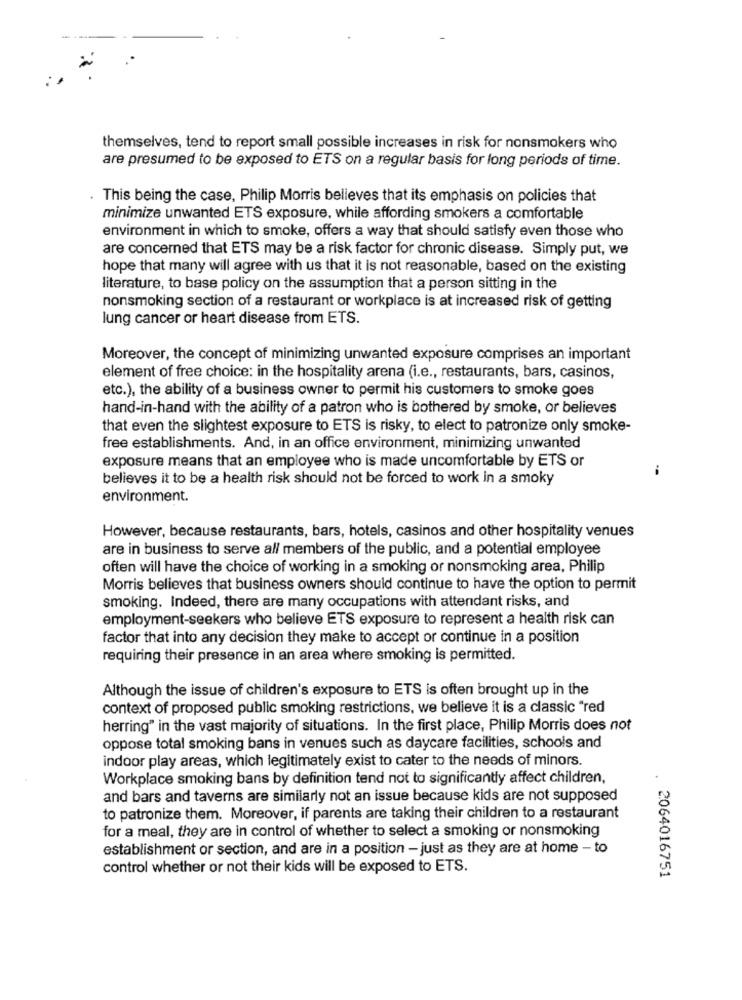
themselves, tend to report small possible increases in risk for nonsmokers who
are presumed to be exposed to ETS on a regular basis for long periods of time.
This being the case, Philip Morris believes that its emphasis on policies that
minimize unwanted ETS exposure, while affording smokers a comfortable
environment in which to smoke, offers a way that should satisfy even those who
are concerned that ETS may be a risk factor for chronic disease. Simply put, we
hope that many will agree with us that it is not reasonable, based on the existing
literature, to base policy on the assumption that a person sitting in the
nonsmoking section of a restaurant or workplace is at increased risk of getting
lung cancer or heart disease from ETS.
Moreover, the concept of minimizing unwanted exposure comprises an important
element of free choice: in the hospitality arena (i.e ., restaurants, bars, casinos,
etc.), the ability of a business owner to permit his customers to smoke goes
hand-in-hand with the ability of a patron who is bothered by smoke, or believes
that even the slightest exposure to ETS is risky, to elect to patronize only smoke-
free establishments. And, in an office environment, minimizing unwanted
exposure means that an employee who is made uncomfortable by ETS or
believes it to be a health risk should not be forced to work in a smoky
environment.
However, because restaurants, bars, hotels, casinos and other hospitality venues
are in business to serve all members of the public, and a potential employee
often will have the choice of working in a smoking or nonsmoking area, Philip
Morris believes that business owners should continue to have the option to permit
smoking. Indeed, there are many occupations with attendant risks, and
employment-seekers who believe ETS exposure to represent a health risk can
factor that into any decision they make to accept or continue in a position
requiring their presence in an area where smoking is permitted.
Although the issue of children's exposure to ETS is often brought up in the
context of proposed public smoking restrictions, we believe it is a classic "red
herring" in the vast majority of situations. In the first place, Philip Morris does not
oppose total smoking bans in venues such as daycare facilities, schools and
indoor play areas, which legitimately exist to cater to the needs of minors.
Workplace smoking bans by definition tend not to significantly affect children,
and bars and taverns are similarly not an issue because kids are not supposed
to patronize them. Moreover, if parents are taking their children to a restaurant
for a meal, they are in control of whether to select a smoking or nonsmoking
establishment or section, and are in a position - just as they are at home - to
control whether or not their kids will be exposed to ETS.
2064016751